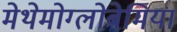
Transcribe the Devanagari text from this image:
मेथेमोग्लोबेमिया